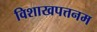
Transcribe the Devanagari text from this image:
विशाखपत्तनम